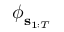
\boldsymbol { \phi } _ { \mathbf { s } _ { 1 : T } }